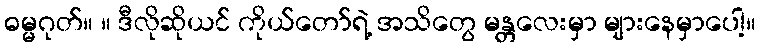
ဓမ္မဂုတ်။ ။ ဒီလိုဆိုယင် ကိုယ်တော်ရဲ့ အသိတွေ မန္တလေးမှာ များနေမှာပေါ့။